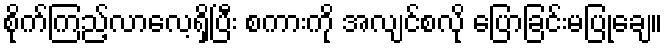
စိုက်ကြည့်လာလေ့ရှိပြီး စကားကို အလျင်စလို ပြောခြင်းမပြုချေ။